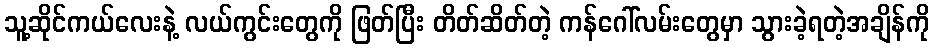
သူ့ဆိုင်ကယ်လေးနဲ့ လယ်ကွင်းတွေကို ဖြတ်ပြီး တိတ်ဆိတ်တဲ့ ကန်ဂေါ်လမ်းတွေမှာ သွားခဲ့ရတဲ့အချိန်ကို